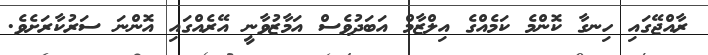
ރާއްޖޭގައި ހިނގާ ކޮންމެ ކަމެއްގެ އިލްޒާމް އަބަދުވެސް އަމާޒުވާނީ އޭރެއްގައި އޮންނަ ސަރުކާރަށެވެ.